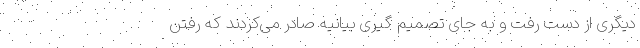
دیگری از دست رفت و به جای تصمیم گیری بیانیه صادر می‌کردند که رفتن